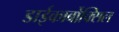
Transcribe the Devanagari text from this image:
डाईकार्बोक्सिल